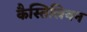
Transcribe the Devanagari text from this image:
कैस्तिलियन